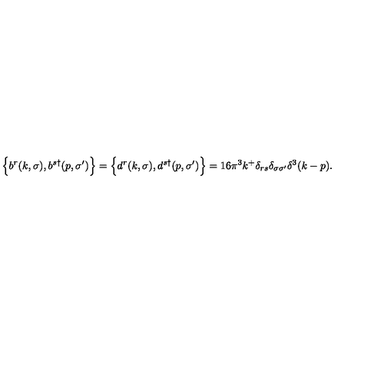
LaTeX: \Bigl \{ b ^ { r } ( k , \sigma ) , b ^ { s \dagger } ( p , \sigma ^ { \prime } ) \Bigr \} = \Bigl \{ d ^ { r } ( k , \sigma ) , d ^ { s \dagger } ( p , \sigma ^ { \prime } ) \Bigr \} = 1 6 \pi ^ { 3 } k ^ { + } \delta _ { r s } \delta _ { \sigma \sigma ^ { \prime } } \delta ^ { 3 } ( k - p ) .